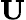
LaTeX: \textbf{U}